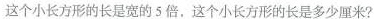
这个小长方形的长是宽的5倍，这个小长方形的长是多少厘米?